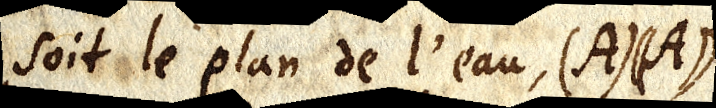
soit le plan de l’eau, (A) ((A))